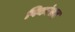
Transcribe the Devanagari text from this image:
पिकांसह